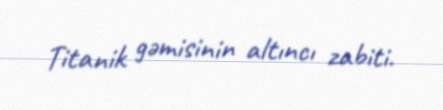
Titanik gəmisinin altıncı zabiti.